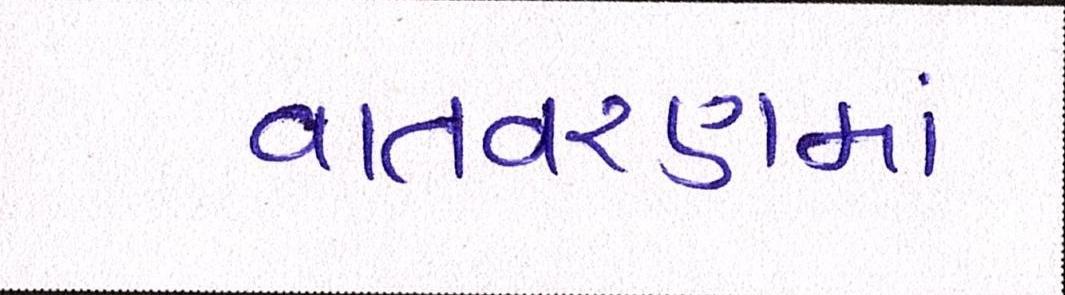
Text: વાતવરણમાં